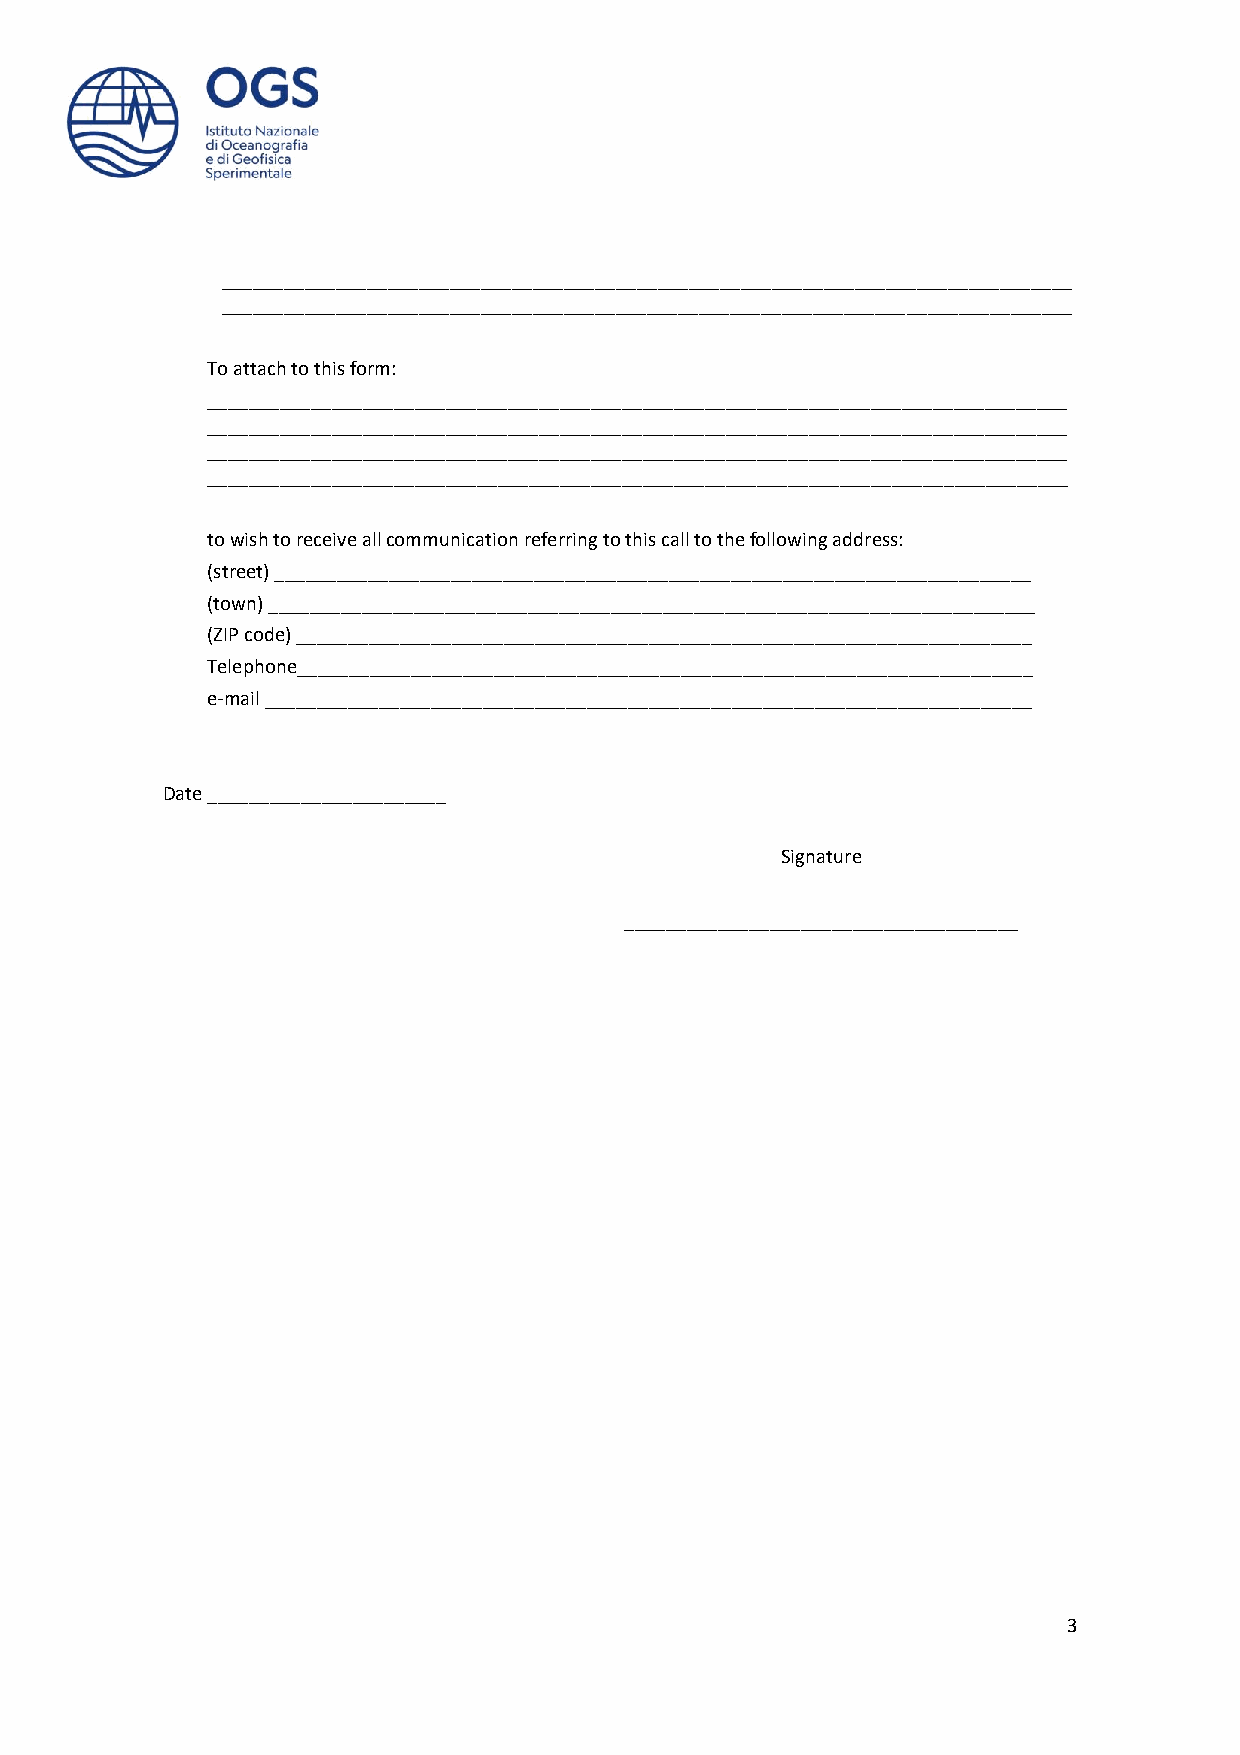
__________________________________________________________________________________
 __________________________________________________________________________________
 To attach to this form:
 ___________________________________________________________________________________
 ___________________________________________________________________________________
 ___________________________________________________________________________________
 ___________________________________________________________________________________
 to wish to receive all communication referring to this call to the following address:
 (street) _________________________________________________________________________
 (town) __________________________________________________________________________
 (ZIP code) _______________________________________________________________________
 Telephone_______________________________________________________________________
 e-mail __________________________________________________________________________
 Date _______________________
 Signature
 ______________________________________
 3